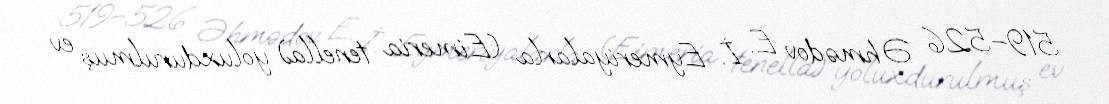
519–526 Əhmədov E. İ. Eymeriyalarla (Eimeria tenella) yoluxdurulmuş ev